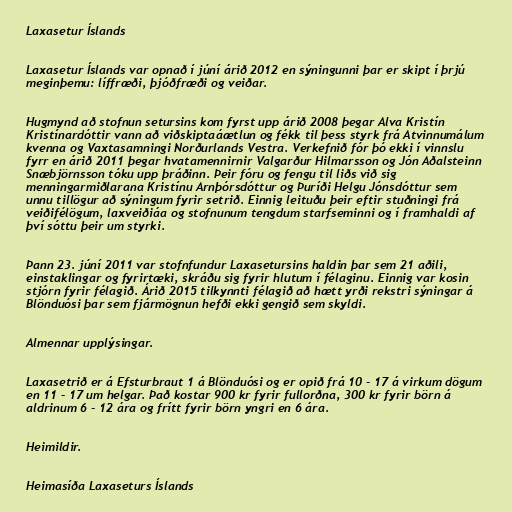
Laxasetur Íslands

Laxasetur Íslands var opnað í júní árið 2012 en sýningunni þar er skipt í þrjú
meginþemu: líffræði, þjóðfræði og veiðar.

Hugmynd að stofnun setursins kom fyrst upp árið 2008 þegar Alva Kristín
Kristínardóttir vann að viðskiptaáætlun og fékk til þess styrk frá Atvinnumálum
kvenna og Vaxtasamningi Norðurlands Vestra. Verkefnið fór þó ekki í vinnslu
fyrr en árið 2011 þegar hvatamennirnir Valgarður Hilmarsson og Jón Aðalsteinn
Snæbjörnsson tóku upp þráðinn. Þeir fóru og fengu til liðs við sig
menningarmiðlarana Kristínu Arnþórsdóttur og Þuríði Helgu Jónsdóttur sem
unnu tillögur að sýningum fyrir setrið. Einnig leituðu þeir eftir stuðningi frá
veiðifélögum, laxveiðiáa og stofnunum tengdum starfseminni og í framhaldi af
því sóttu þeir um styrki.

Þann 23. júní 2011 var stofnfundur Laxasetursins haldin þar sem 21 aðili,
einstaklingar og fyrirtæki, skráðu sig fyrir hlutum í félaginu. Einnig var kosin
stjórn fyrir félagið. Árið 2015 tilkynnti félagið að hætt yrði rekstri sýningar á
Blönduósi þar sem fjármögnun hefði ekki gengið sem skyldi.

Almennar upplýsingar.

Laxasetrið er á Efsturbraut 1 á Blönduósi og er opið frá 10 - 17 á virkum dögum
en 11 - 17 um helgar. Það kostar 900 kr fyrir fullorðna, 300 kr fyrir börn á
aldrinum 6 - 12 ára og frítt fyrir börn yngri en 6 ára.

Heimildir.

Heimasíða Laxaseturs Íslands